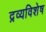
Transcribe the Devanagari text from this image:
द्रव्यविशेष